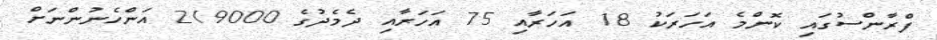
ފްރާންސުގައި ކޮންމެ އަހަރަކު 18 އަހަރާއި 75 އަހަރާއި ދެމެދުގެ 219000 އަންހެނުންނަށް